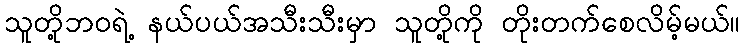
သူတို့ဘဝရဲ့ နယ်ပယ်အသီးသီးမှာ သူတို့ကို တိုးတက်စေလိမ့်မယ်။